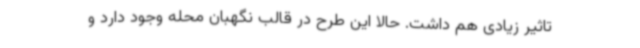
تاثیر زیادی هم داشت. حالا این طرح در قالب نگهبان محله وجود دارد و